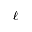
\boldsymbol { \ell }